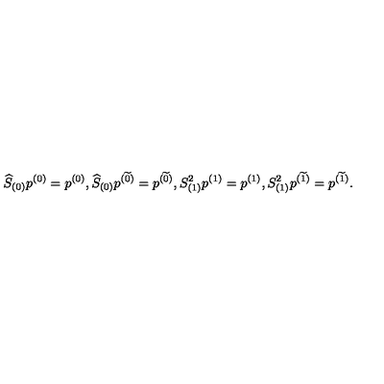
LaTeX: \widehat { S } _ { ( 0 ) } p ^ { ( 0 ) } = p ^ { ( 0 ) } , \widehat { S } _ { ( 0 ) } p ^ { ( \widetilde { 0 } ) } = p ^ { ( \widetilde { 0 } ) } , S _ { ( 1 ) } ^ { 2 } p ^ { ( 1 ) } = p ^ { ( 1 ) } , S _ { ( 1 ) } ^ { 2 } p ^ { ( \widetilde { 1 } ) } = p ^ { ( \widetilde { 1 } ) } .